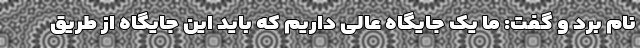
نام برد و گفت: ما یک جایگاه عالی داریم که باید این جایگاه از طریق